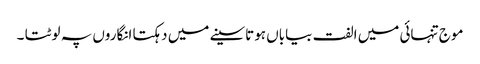
موج تنہائی میں الفت بیاباں ہوتاسینے میں دہکتا انگاروں پہ لوٹتا ۔